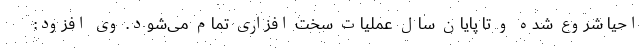
احیا شروع شده و تا پایان سال عملیات سخت افزاری تمام می‌شود. وی افزود: